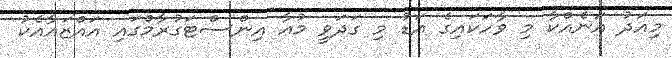
މިއަދު އަނެއްކާ މި ވާހަކައިގެ އަޑު މި ގަދަވީ މުއާ އިންސްޓަގުރާމްގައި އައްޒައާއެކު